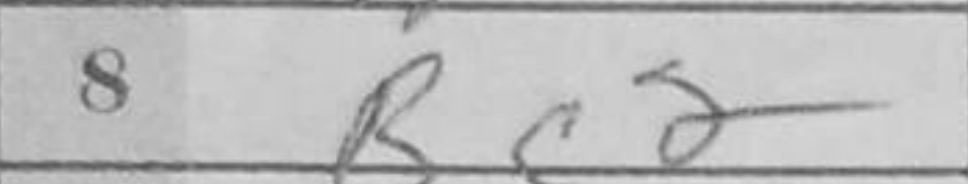
Transcription: Bc2